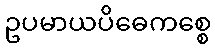
ဥပမာယပိဓေကစ္စေ